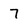
Character: 7